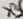
Text: X3